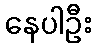
နေပါဦး